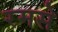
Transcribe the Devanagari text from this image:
रमसे